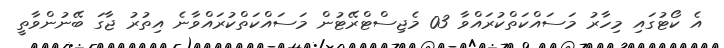
އެ ކޯޓުގައި މިހާރު މަސައްކަތްކުރައްވާ 03 މެޖިސްޓްރޭޓުން މަސައްކަތްކުރައްވާނެ އިތުރު ޖާގަ ބޭނުންވާތީ